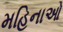
મહિનાઓ